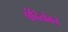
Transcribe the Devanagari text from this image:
पंडितांकडे